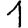
Digit: 1